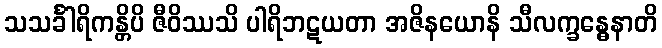
သသင်္ခါရိကန္တိပိ ဇီဝိဿသိ ပါရိဘဋယတာ အဇိနယောနိ သီလက္ခန္ဓေနာတိ